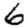
Digit: 6